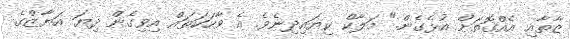
ޒާތާއި އެއްގޮތަށް އުޅެގެން." މަލާކް ކިޔައިދިނެވެ. އެ ވާހަކަތައް އިވިގެން ދިޔަ އަޔާޒްގެ